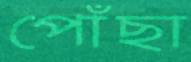
পোঁছা